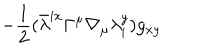
- \frac { 1 } { 2 } ( { \bar { \lambda } } ^ { i x } \Gamma ^ { \mu } \nabla _ { \mu } \lambda _ { i } ^ { y } ) g _ { x y }